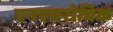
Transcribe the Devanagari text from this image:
एनएयरोबिक